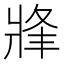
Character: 𤖀